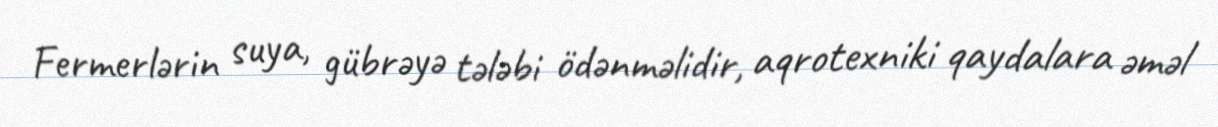
Fermerlərin suya, gübrəyə tələbi ödənməlidir, aqrotexniki qaydalara əməl